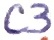
Text: C3